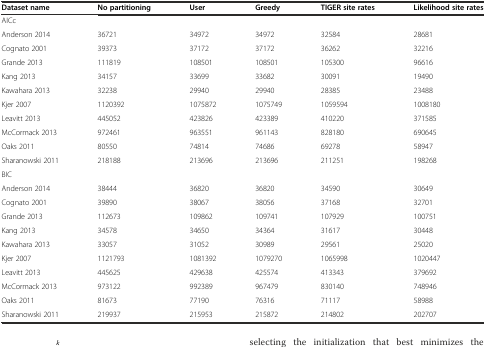
<table><thead><tr><td><b>Dataset name</b></td><td><b>No partitioning</b></td><td><b>User</b></td><td><b>Greedy</b></td><td><b>TIGER site rates</b></td><td><b>Likelihood site rates</b></td></tr></thead><tbody><tr><td colspan="6">AICc</td></tr><tr><td>Anderson 2014</td><td>36721</td><td>34972</td><td>34972</td><td>32584</td><td>28681</td></tr><tr><td>Cognato 2001</td><td>39373</td><td>37172</td><td>37172</td><td>36262</td><td>32216</td></tr><tr><td>Grande 2013</td><td>111819</td><td>108501</td><td>108501</td><td>105300</td><td>96616</td></tr><tr><td>Kang 2013</td><td>34157</td><td>33699</td><td>33682</td><td>30091</td><td>19490</td></tr><tr><td>Kawahara 2013</td><td>32238</td><td>29940</td><td>29940</td><td>28385</td><td>23488</td></tr><tr><td>Kjer 2007</td><td>1120392</td><td>1075872</td><td>1075749</td><td>1059594</td><td>1008180</td></tr><tr><td>Leavitt 2013</td><td>445052</td><td>423826</td><td>423389</td><td>410220</td><td>371585</td></tr><tr><td>McCormack 2013</td><td>972461</td><td>963551</td><td>961143</td><td>828180</td><td>690645</td></tr><tr><td>Oaks 2011</td><td>80550</td><td>74814</td><td>74686</td><td>69278</td><td>58947</td></tr><tr><td>Sharanowski 2011</td><td>218188</td><td>213696</td><td>213696</td><td>211251</td><td>198268</td></tr><tr><td colspan="6">BIC</td></tr><tr><td>Anderson 2014</td><td>38444</td><td>36820</td><td>36820</td><td>34590</td><td>30649</td></tr><tr><td>Cognato 2001</td><td>39890</td><td>38067</td><td>38056</td><td>37168</td><td>32701</td></tr><tr><td>Grande 2013</td><td>112673</td><td>109862</td><td>109741</td><td>107929</td><td>100751</td></tr><tr><td>Kang 2013</td><td>34578</td><td>34650</td><td>34364</td><td>31617</td><td>30448</td></tr><tr><td>Kawahara 2013</td><td>33057</td><td>31052</td><td>30989</td><td>29561</td><td>25020</td></tr><tr><td>Kjer 2007</td><td>1121793</td><td>1081392</td><td>1079270</td><td>1065998</td><td>1020447</td></tr><tr><td>Leavitt 2013</td><td>445625</td><td>429638</td><td>425574</td><td>413343</td><td>379692</td></tr><tr><td>McCormack 2013</td><td>973122</td><td>992389</td><td>967479</td><td>830140</td><td>748946</td></tr><tr><td>Oaks 2011</td><td>81673</td><td>77190</td><td>76316</td><td>71117</td><td>58988</td></tr><tr><td>Sharanowski 2011</td><td>219937</td><td>215953</td><td>215872</td><td>214802</td><td>202707</td></tr></tbody></table>